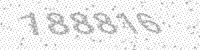
Solution: 188816